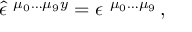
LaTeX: \hat { \epsilon } ^ { \ \mu _ { 0 } \ldots \mu _ { 9 } y } = \epsilon ^ { \ \mu _ { 0 } \ldots \mu _ { 9 } } \, ,